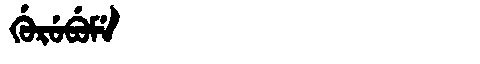
Manchu: ᡤᡠᡵᡠᠪᡠᠮᡝ
Romanization: GURUBUME